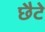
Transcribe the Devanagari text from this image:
छैटे